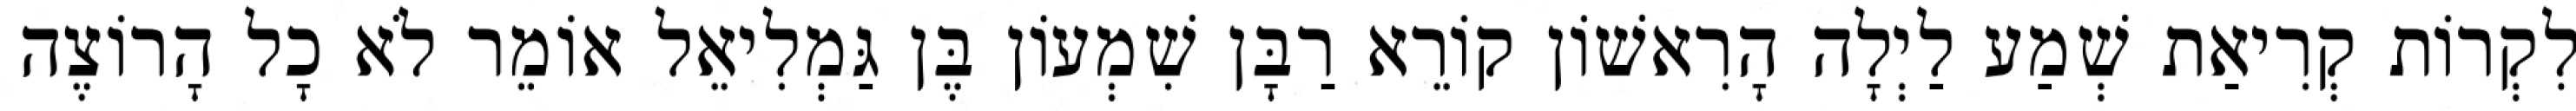
לִקְרוֹת קְרִיאַת שְׁמַע לַיְלָה הָרִאשׁוֹן קוֹרֵא רַבָּן שִׁמְעוֹן בֶּן גַּמְלִיאֵל אוֹמֵר לֹא כָל הָרוֹצֶה